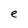
Character: e